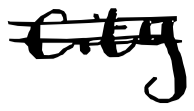
Text: city
Cross-out: double-line
Writing tool: digital_black